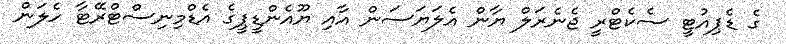
ގެ ޑެޕިއުޓީ ސެކެޓްރީ ޖެނެރަލް ޔާން އެލަޔަސަން އާއި ޔޫއެންޑީޕީގެ އެޑްމިނިސްޓްރޭޓާ ހެލަން